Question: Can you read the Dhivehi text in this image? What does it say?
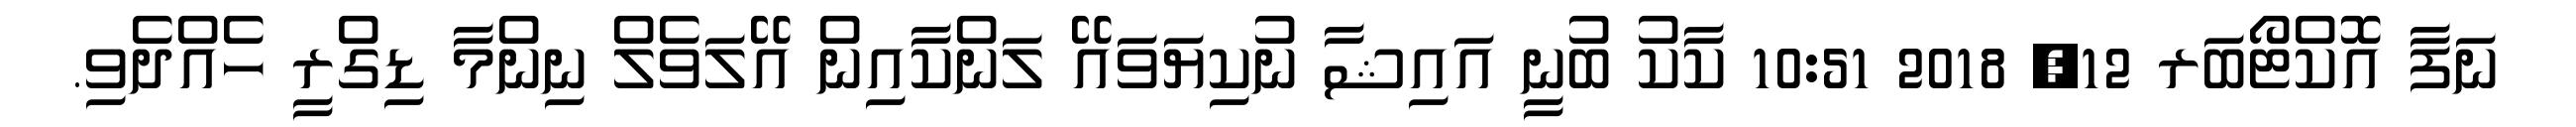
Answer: ނަފާ އޮކްޓޯބަރ 12, 2018 10:51 ކާކު ބުނީ އައިޝާ ނުކިޔަވައޭ ލަންކާއިން އޭލަވެލް ނިންމާ ޑިގްރީ ހެއްދެވި.